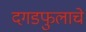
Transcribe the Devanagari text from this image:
दगडफुलाचे